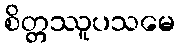
စိတ္တဿူပသမေ